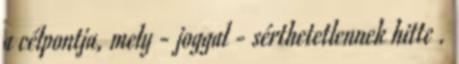
a célpontja, mely - joggal - sérthetetlennek hitte .